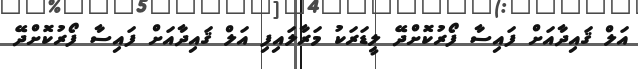
އަލް ޤައިދާއަށް ފައިސާ ފޯރުކޮށްދޭ ލީޑަރަކު މަރާލައިފި އަލް ޤައިދާއަށް ފައިސާ ފޯރުކޮށްދޭ